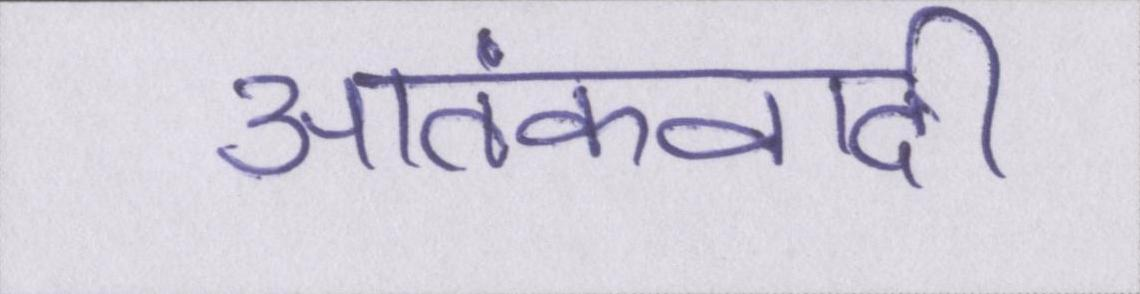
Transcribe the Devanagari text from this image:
आतंकवादी